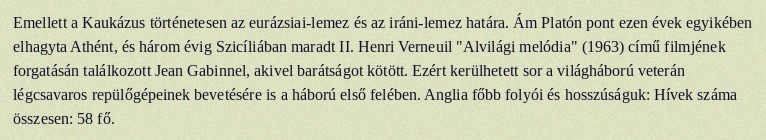
Emellett a Kaukázus történetesen az eurázsiai-lemez és az iráni-lemez határa. Ám Platón pont ezen évek egyikében elhagyta Athént, és három évig Szicíliában maradt II. Henri Verneuil "Alvilági melódia" (1963) című filmjének forgatásán találkozott Jean Gabinnel, akivel barátságot kötött. Ezért kerülhetett sor a világháború veterán légcsavaros repülőgépeinek bevetésére is a háború első felében. Anglia főbb folyói és hosszúságuk: Hívek száma összesen: 58 fő.